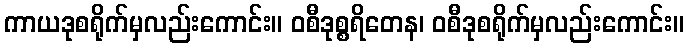
ကာယဒုစရိုက်မှလည်းကောင်း။ ဝစီဒုစ္စရိတေန၊ ဝစီဒုစရိုက်မှလည်းကောင်း။